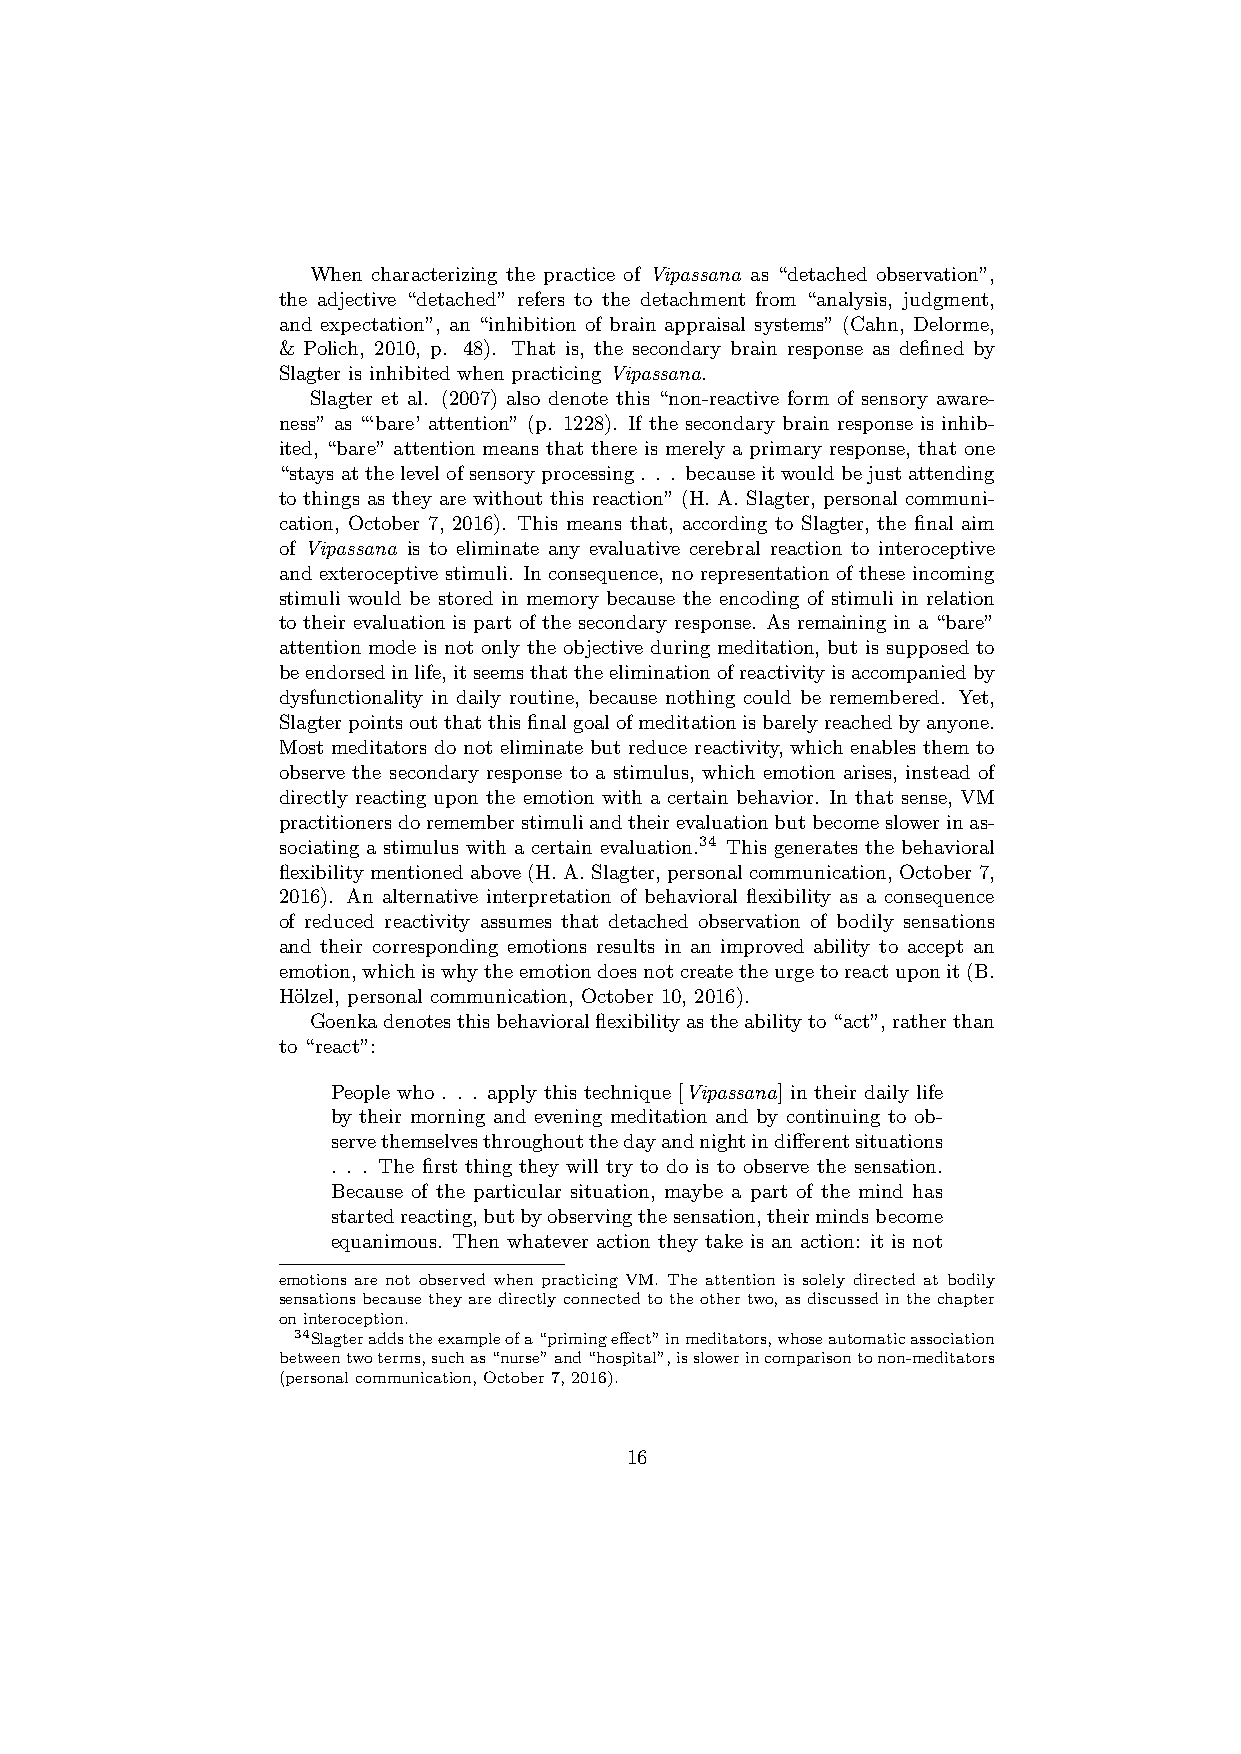
When characterizing the practice of Vipassana as “detached observation”,
 the adjective “detached” refers to the detachment from “analysis, judgment,
 and expectation”, an “inhibition of brain appraisal systems” (Cahn, Delorme,
 & Polich, 2010, p. 48). That is, the secondary brain response as defined by
 Slagter is inhibited when practicing Vipassana.
 Slagter et al. (2007) also denote this “non-reactive form of sensory aware-
 ness” as “‘bare’ attention” (p. 1228). If the secondary brain response is inhib-
 ited, “bare” attention means that there is merely a primary response, that one
 “staysatthelevelofsensoryprocessing. . . becauseitwouldbejustattending
 to things as they are without this reaction” (H. A. Slagter, personal communi-
 cation, October 7, 2016). This means that, according to Slagter, the final aim
 of Vipassana is to eliminate any evaluative cerebral reaction to interoceptive
 and exteroceptive stimuli. In consequence, no representation of these incoming
 stimuli would be stored in memory because the encoding of stimuli in relation
 to their evaluation is part of the secondary response. As remaining in a “bare”
 attention mode is not only the objective during meditation, but is supposed to
 beendorsedinlife,itseemsthattheeliminationofreactivityisaccompaniedby
 dysfunctionality in daily routine, because nothing could be remembered. Yet,
 Slagterpointsoutthatthisfinalgoalofmeditationisbarelyreachedbyanyone.
 Most meditators do not eliminate but reduce reactivity, which enables them to
 observe the secondary response to a stimulus, which emotion arises, instead of
 directly reacting upon the emotion with a certain behavior. In that sense, VM
 practitionersdorememberstimuliandtheirevaluationbutbecomeslowerinas-
 sociating a stimulus with a certain evaluation.34 This generates the behavioral
 flexibility mentioned above (H. A. Slagter, personal communication, October 7,
 2016). An alternative interpretation of behavioral flexibility as a consequence
 of reduced reactivity assumes that detached observation of bodily sensations
 and their corresponding emotions results in an improved ability to accept an
 emotion,whichiswhytheemotiondoesnotcreatetheurgetoreactuponit(B.
 H¨olzel, personal communication, October 10, 2016).
 Goenkadenotesthisbehavioralflexibilityastheabilityto“act”,ratherthan
 to “react”:
 People who . . . apply this technique [Vipassana] in their daily life
 by their morning and evening meditation and by continuing to ob-
 servethemselvesthroughoutthedayandnightindifferentsituations
 . . . The first thing they will try to do is to observe the sensation.
 Because of the particular situation, maybe a part of the mind has
 startedreacting,butbyobservingthesensation,theirmindsbecome
 equanimous. Then whatever action they take is an action: it is not
 emotions are not observed when practicing VM. The attention is solely directed at bodily
 sensations because they are directly connected to the other two, as discussed in the chapter
 oninteroception.
 34Slagteraddstheexampleofa“primingeffect”inmeditators,whoseautomaticassociation
 betweentwoterms,suchas“nurse”and“hospital”,isslowerincomparisontonon-meditators
 (personalcommunication,October7,2016).
 16